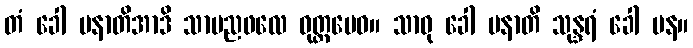
တံ ခေါ ပနာတိအာဒိ သာမညဖလေ ဝုတ္တမေဝ။ သာဓု ခေါ ပနာတိ သုန္ဒရံ ခေါ ပန။